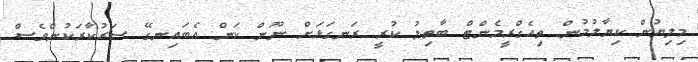
މިލިޔުން ކިޔާލުމުން ތިއެގްރީމެންޓް ބާތިލު ކުރީ ރަނގަޅަށް ނޫން ކަން އެބައިނގޭ ސަރުކާރަކުންވެސް